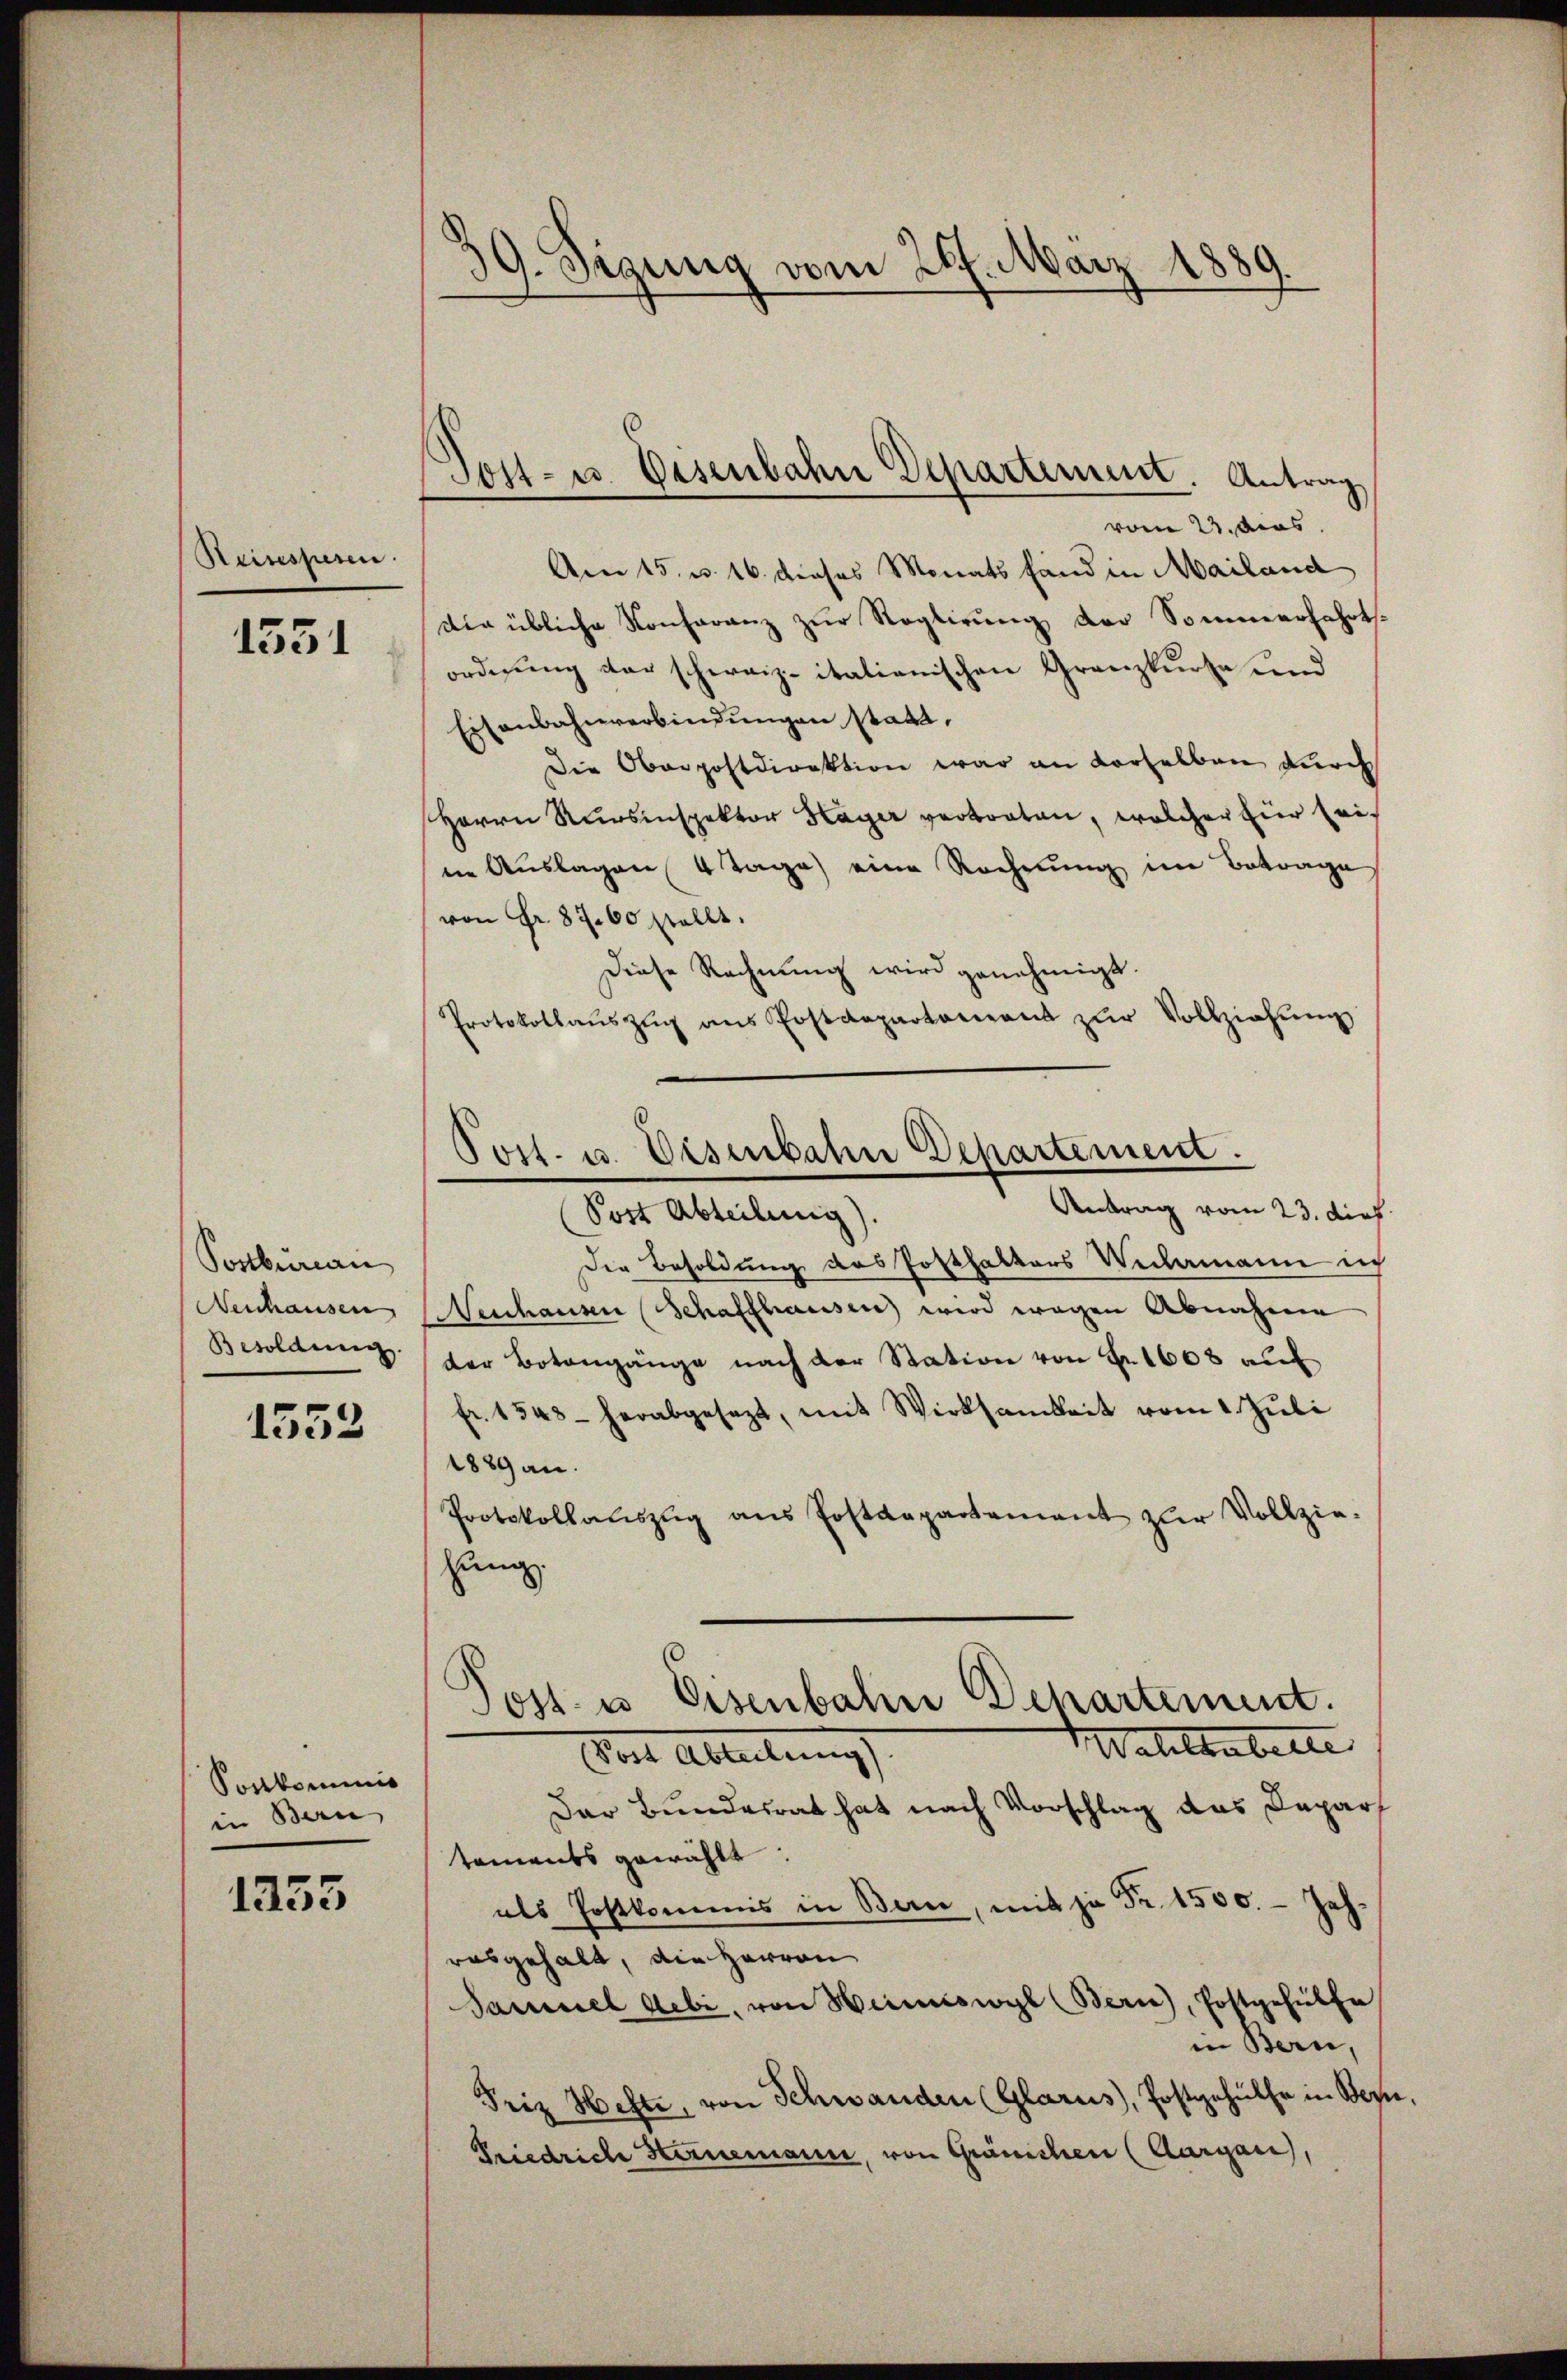
Reisespesen.

1351

Postbureau
Neuhausen,
Besoldung

1552

Sonkommis
in Bern |

1255

39. Sigung vom 26. März 1889.

Jost- u. Eisenbahn Departement. Antrag

vom 23. dies
Am 15. v. 16. dieses Monats fand in Mailand
die übliche Konferanz zur Reglirung der Sommerfahrts-
ordnung der schweiz. italienischen Granzkurse und
Eisenbahnverbindungen stata.
Die Oberpostdirektion war an derselben durch
Herrn Runsinspektor Hager vertreten, welcher hier sei.
in Auslagen 4 Tage eine Rechnung im Betrage
von Fr. 87. 60 stellt.
Diese Rechnung wird genehmigt.
Protokollaŭszŭg ans Postdepartament zŭr Vollziehŭng
Die Besoldung des Posthalters Verlamann in
Neuhausen Schaffhausen wird wegen Abnahme
der Botengänge nach der Station von Fr. 1608 auf
fr. 1548 herabgesezt, mit Wirksamkeit vom 1. Juli
1889 an.
Protokollaŭszŭg ans Postdepartement zŭr Vollzie-
zung
Post- u. Eisenbahn Departement.
Wahlbuberte
Pot Ableitungs
Der Bundesrat hat nach Vorschlag das Depar
taments gewählt:
als Postkommis in Bern, mit ja Fr. 1500.- Jeh.
ausgehalt, die Herren
Samuel Gebi, von Heimeswyl (Bern), Postgehülfe,
in Bern,
Friz Hefte, von Schwanden (Glarus, Postgehülfe in Ber
Friedrich Hernemann, von Gränichen (Aargau),

Post. u. Disenbahn Departement.
Antrag vom 23. dies
Post Abteilung